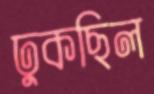
ঢুকছিল